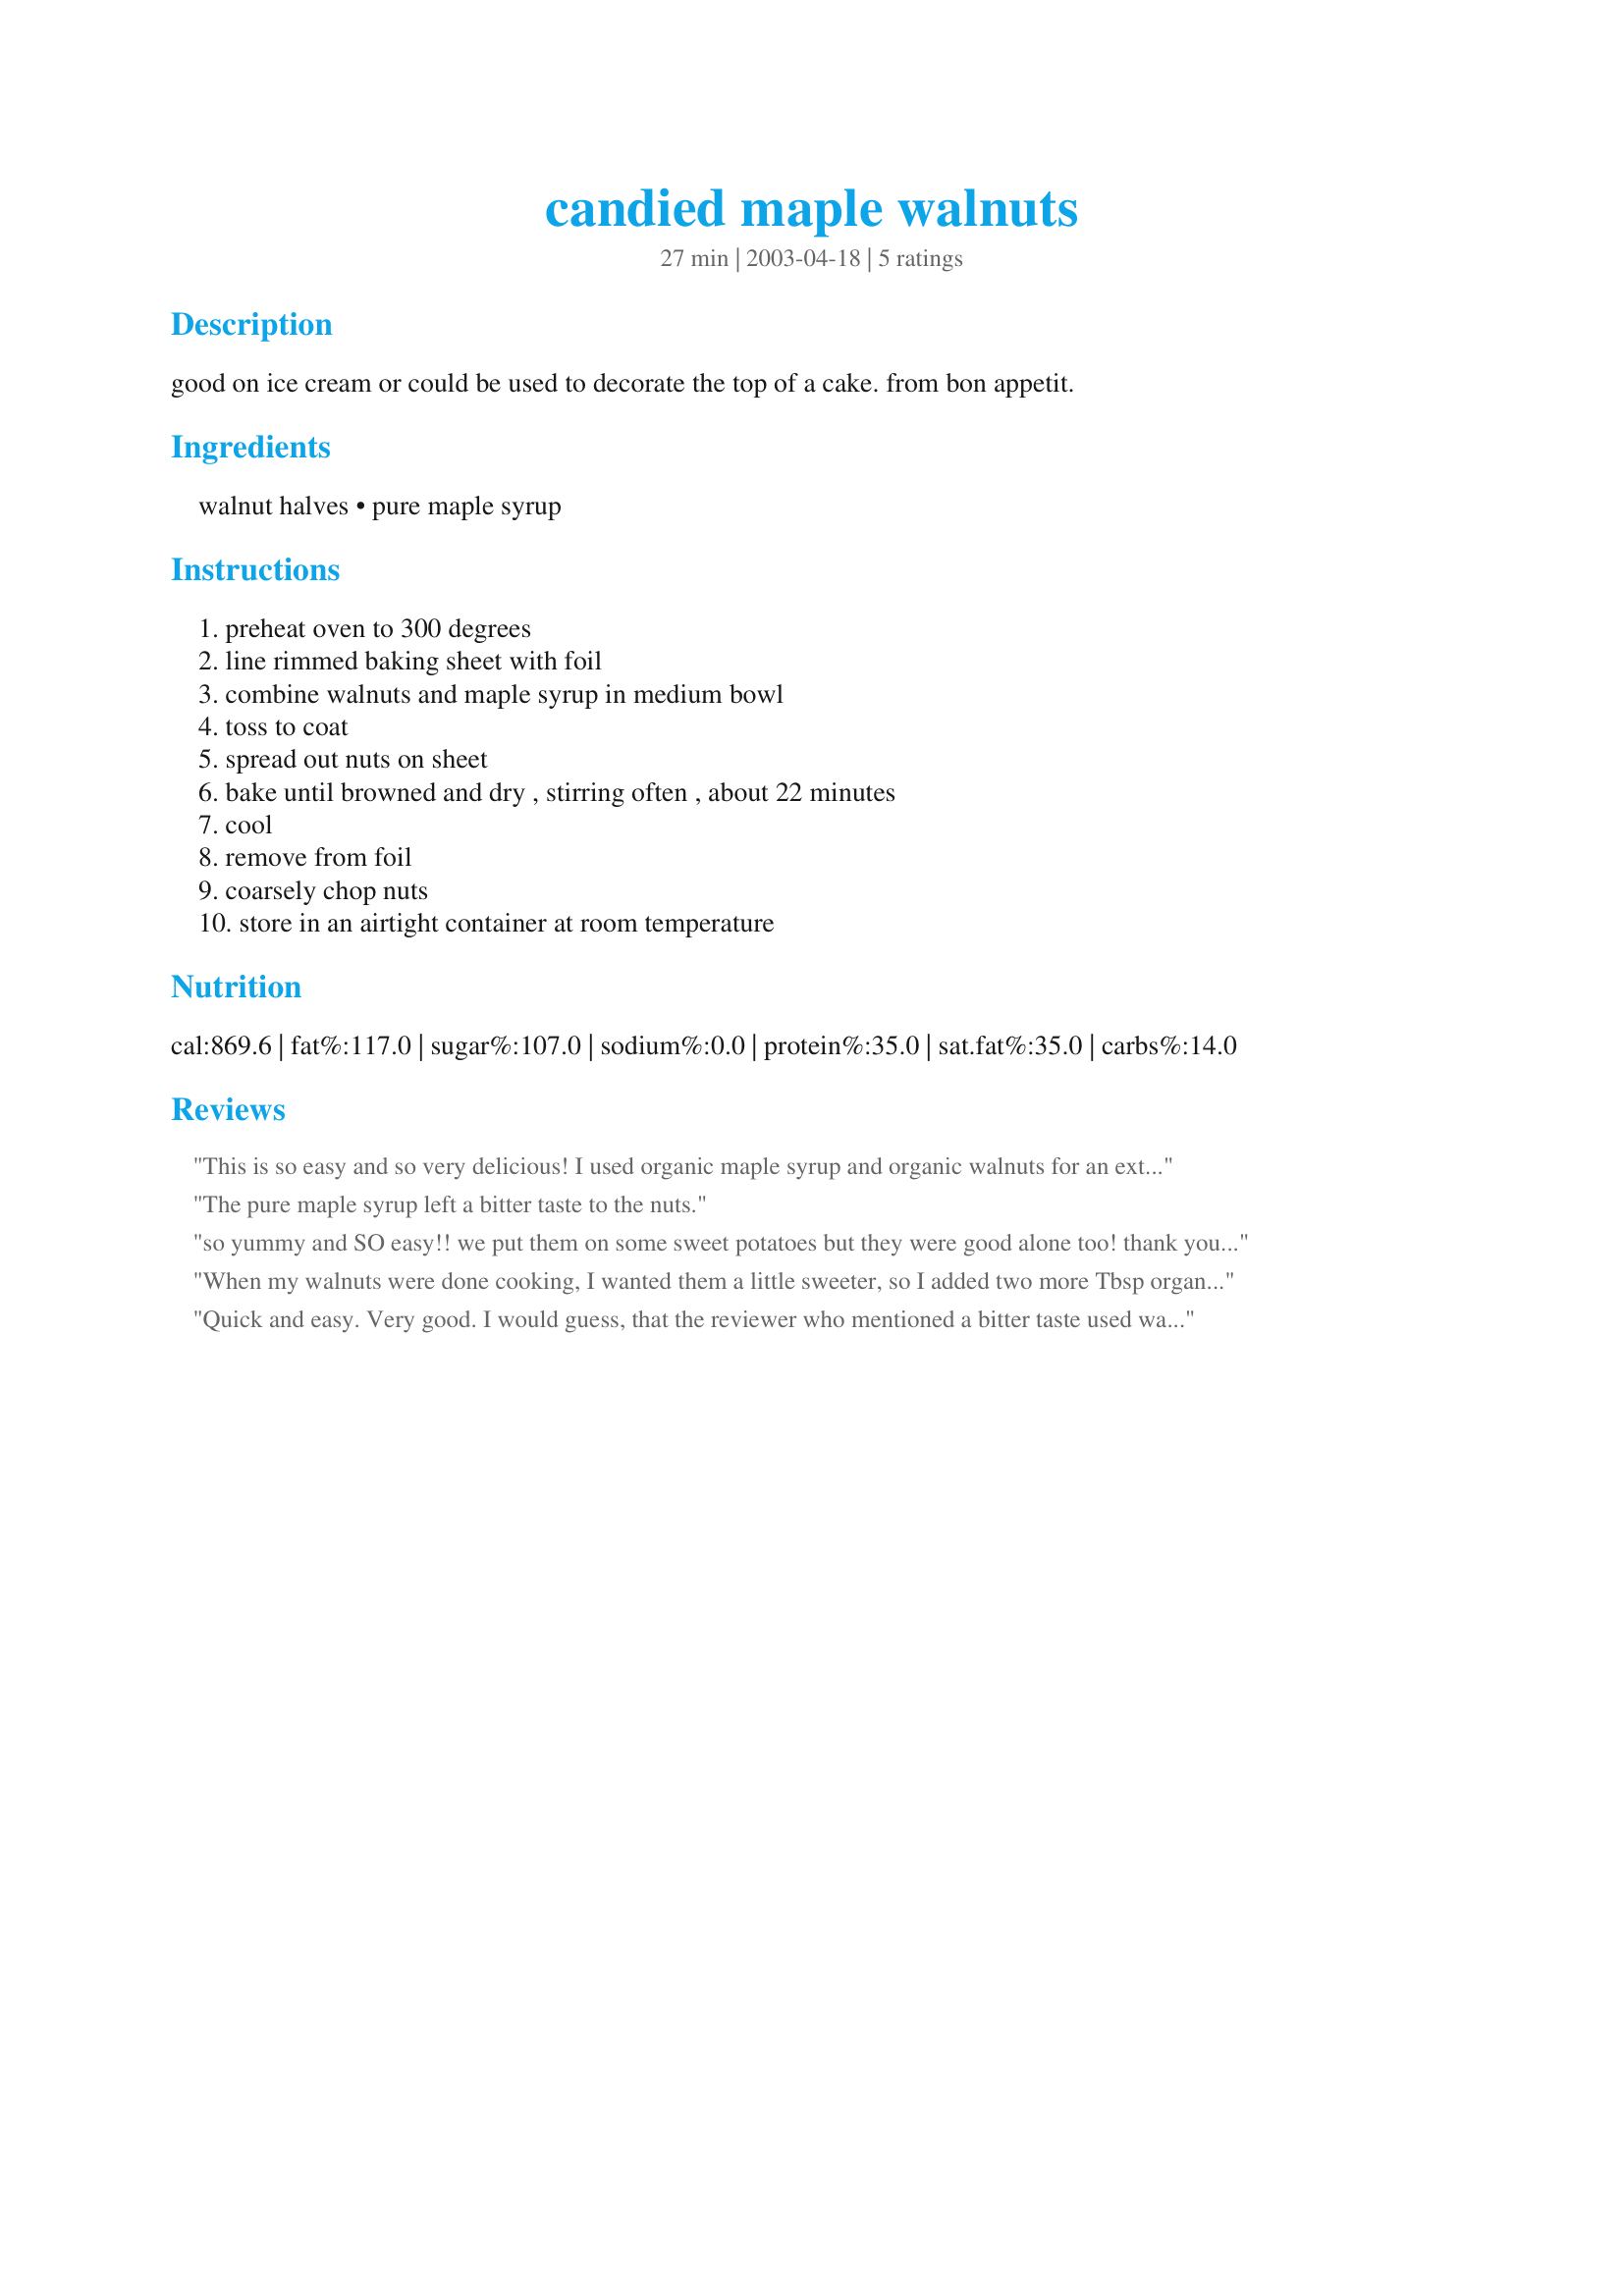
candied maple walnuts
Preparation time: 27 minutes

good on ice cream or could be used to decorate the top of a cake. from bon appetit.

Ingredients:
walnut halves, pure maple syrup

Steps:
preheat oven to 300 degrees, line rimmed baking sheet with foil, combine walnuts and maple syrup in medium bowl, toss to coat, spread out nuts on sheet, bake until browned and dry , stirring often , about 22 minutes, cool, remove from foil, coarsely chop nuts, store in an airtight container at room temperature

Reviews:
This is so easy and so very delicious! I used organic maple syrup and organic walnuts for an extra nutritious treat. I (approximately) doubled this re cipe, poured a package of walnuts into a pyrex baking dish and drizzled maple syrup over them.....tossed to make sure all the nuts were covered, and baked for about 30 minutes. Maybe that was a little too long, but the aroma in the house is to die for, and the nuts will disappear quickly, I'm sure!
The pure maple syrup left a bitter taste to the nuts.
so yummy and SO easy!! we put them on some sweet potatoes but they were good alone too! thank you. this is the perfect recipe to make in a hurry.. or even if your not in a hurry. i will be making these a lot.. thank you!
When my walnuts were done cooking, I wanted them a little sweeter, so I added two more Tbsp organic maple syrup and baked and stirred again. They're like candy and I've almost eaten all of them, and they haven't even cooled yet. I'll make this recipe (with the extra syrup baked on) for my walnut-loving grandparents, package it in a Christmas tin and send it to them--Merry Christmas Grandma and Grandpa! This recipe will also be a great treat for my vegan friends.
Quick and easy. Very good. I would guess, that the reviewer who mentioned a bitter taste used walnuts that were turning rancid.
